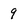
Character: 9